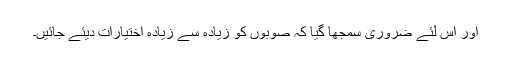
اور اس لئے ضروری سمجھا گیا کہ صوبوں کو زیادہ سے زیادہ اختیارات دیئے جائیں۔